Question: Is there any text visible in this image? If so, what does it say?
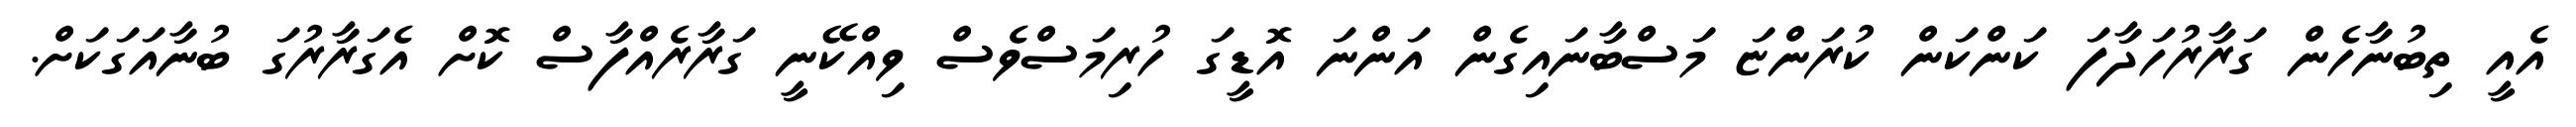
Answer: އެއީ ތިބުނާހެން ގަރާރުހަދާފަ ކަންކަން ކުރަންޏަ މަސްބާނައިގެން އަންނަ އޮޑީގަ ހުރިމަސްވެސް ވިއްކޭނީ ގަރާރެއްފާސް ކޮށް އެގަރާރުގަ ބުނާއަގަކަށް.